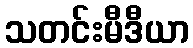
သတင်းမီဒီယာ